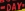
·DAY·